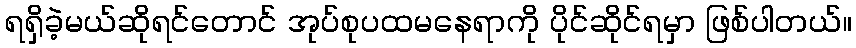
ရရှိခဲ့မယ်ဆိုရင်တောင် အုပ်စုပထမနေရာကို ပိုင်ဆိုင်ရမှာ ဖြစ်ပါတယ်။